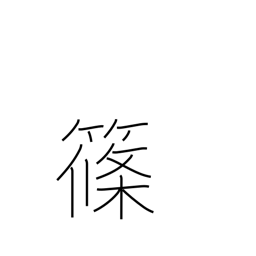
Meaning: bamboo grass